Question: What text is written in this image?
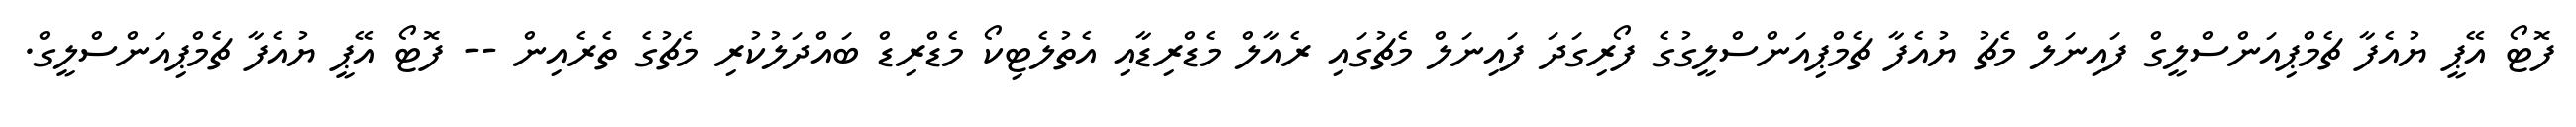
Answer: ފޮޓޯ އޭޕީ ޔުއެފާ ޗެމްޕިއަންސްލީގް ފައިނަލް މެޗު ޔުއެފާ ޗެމްޕިއަންސްލީގުގެ ފޯރިގަދަ ފައިނަލް މެޗުގައި ރެއާލް މެޑްރިޑާއި އެތުލެޓިކޯ މެޑްރިޑް ބައްދަލުކުރި މެޗުގެ ތެރެއިން -- ފޮޓޯ އޭޕީ ޔުއެފާ ޗެމްޕިއަންސްލީގް.